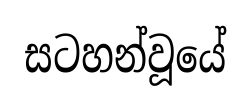
සටහන්වූයේ